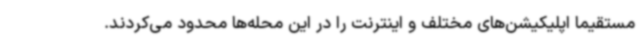
مستقیما اپلیکیشن‌های مختلف و اینترنت را در این محله‌ها محدود می‌کردند.